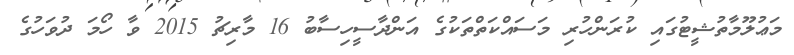
މަޢުލޫމާތުޝީޓުގައި ކުރަންހުރި މަސައްކަތްތަކުގެ އަންދާސީހިސާބު 16 މާރިޗު 2015 ވާ ހޯމަ ދުވަހުގެ